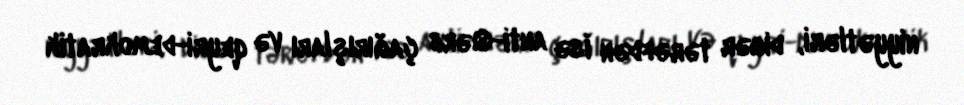
niyyətləri, digər tərəfdən isə anti-Qərb çağırışları və qeyri-demokratik